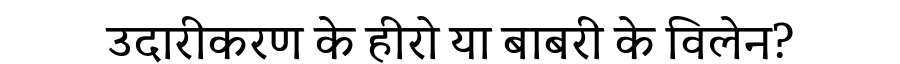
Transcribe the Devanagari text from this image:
उदारीकरण के हीरो या बाबरी के विलेन?